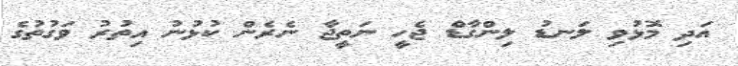
އަދި މޮޅުވި ލަނޑު ލިންގާޑް ޖެހީ ނަތީޖާ ނެރެން ކުޅުނު އިތުރު ވަގުތުގެ